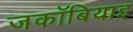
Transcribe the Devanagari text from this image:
जकॉबियाइ